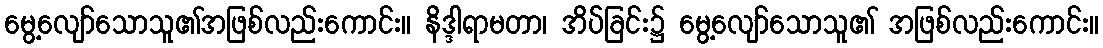
မွေ့လျော်သောသူ၏အဖြစ်လည်းကောင်း။ နိဒ္ဒါရာမတာ၊ အိပ်ခြင်း၌ မွေ့လျော်သောသူ၏ အဖြစ်လည်းကောင်း။